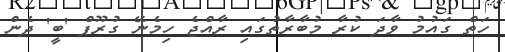
ހަތް ގައުމު ވާދަ ކުރާ މުބާރާތުގައި ރާއްޖެ ހިމެނޭ ގުރޫޕް 'ބީ' ދެން